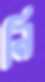
নি